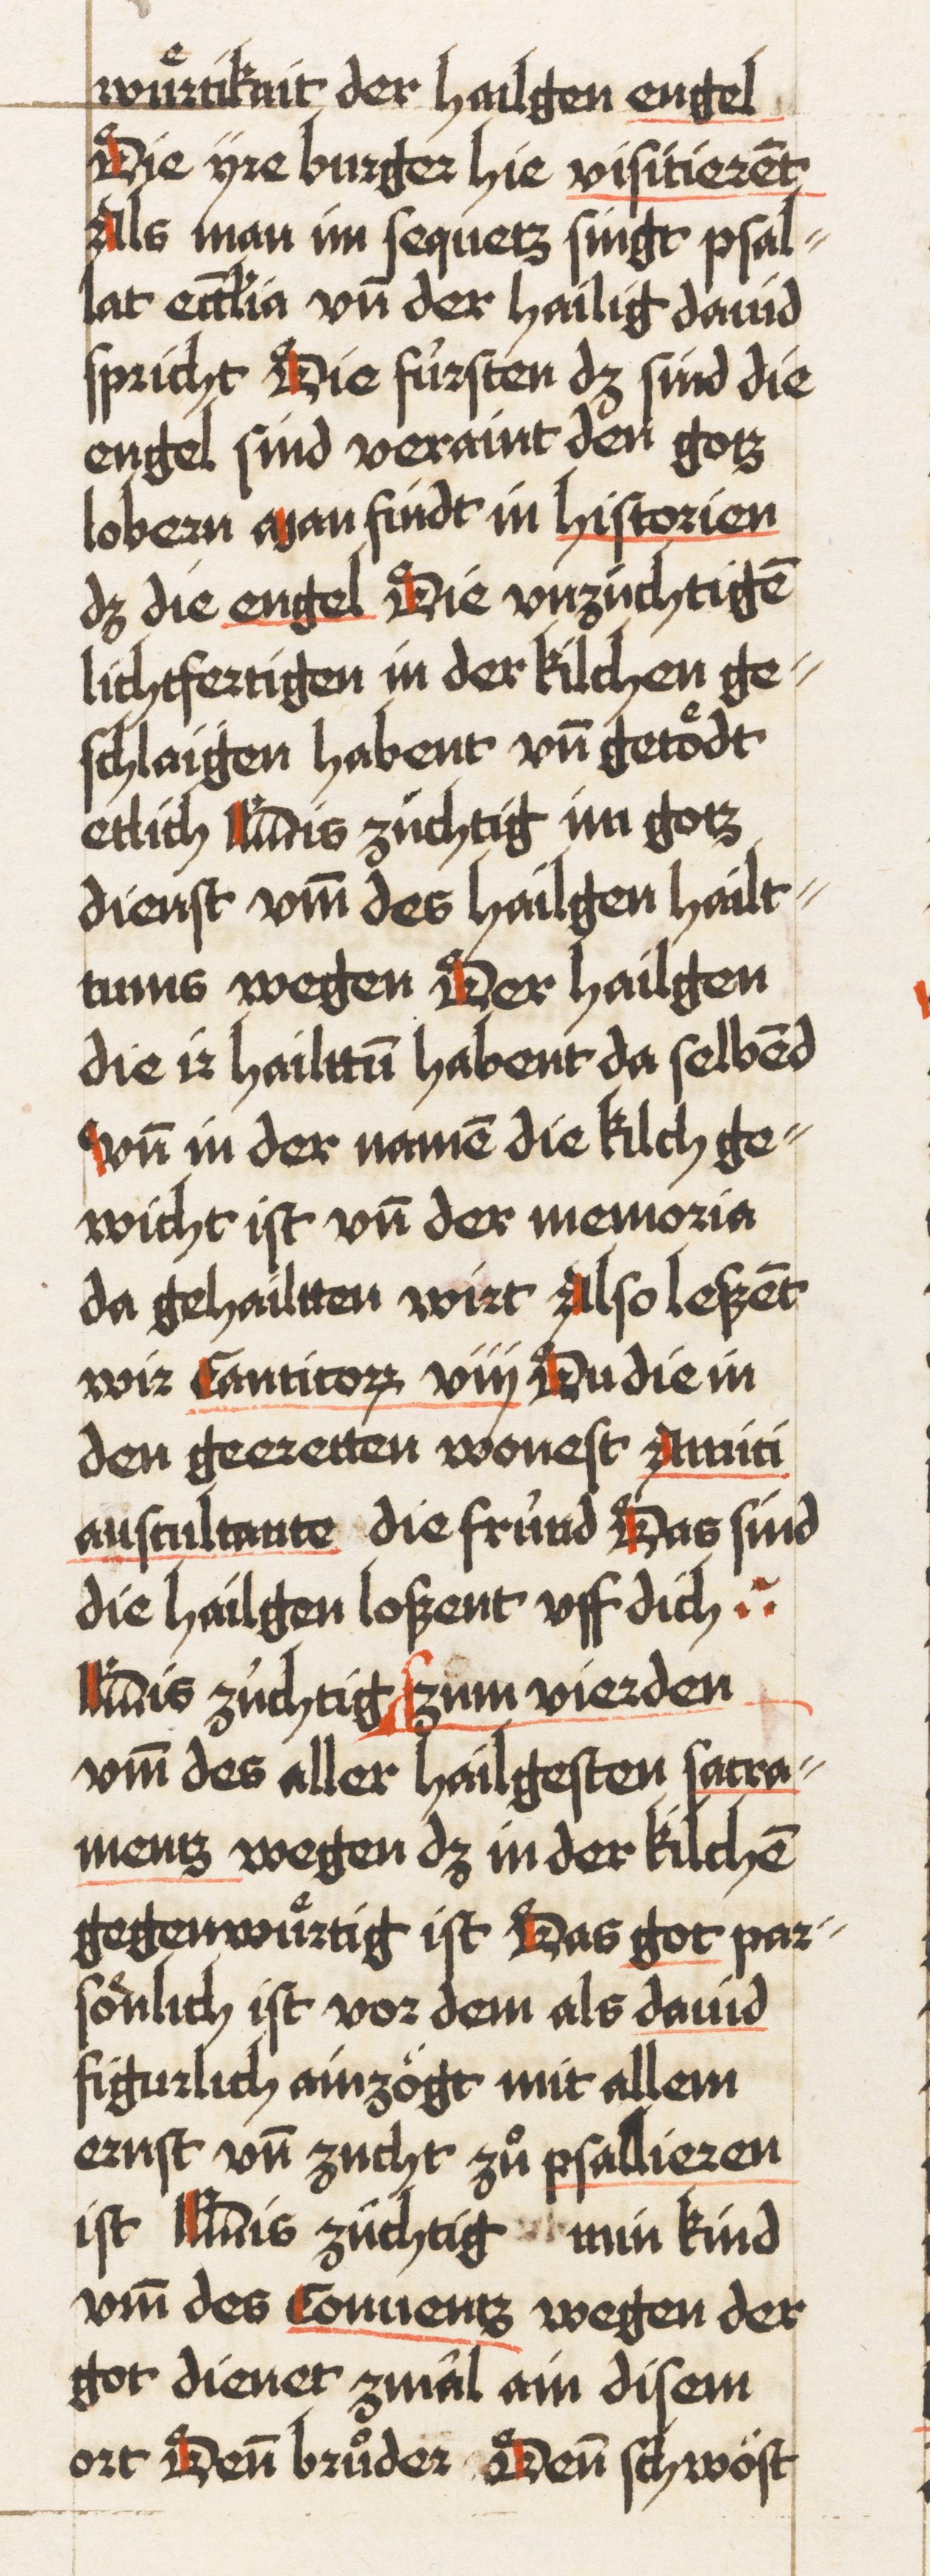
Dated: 1521–1522